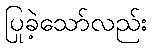
ပြုခဲ့သော်လည်း